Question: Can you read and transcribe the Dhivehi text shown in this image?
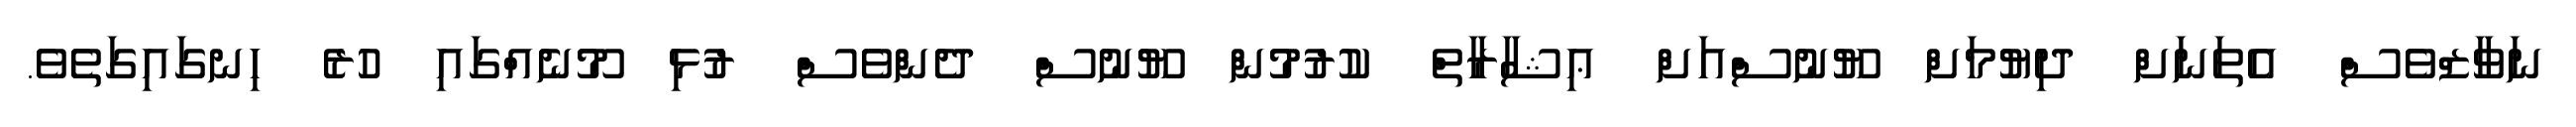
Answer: ނަވާޒްވެސް އެތަނަށް ދިޔުމަށް ޔޫނުސްއަށް ޢިޝާރާތް ކުރުމުން ޔޫނުސް ދެންވެސް ރުޅި މޫނެއްގައި ހުރެ ހިނގައިގަތެވެ.